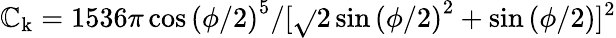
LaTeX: \mathbb{C}_{\mathrm{{k}}}=1536\pi\cos{(\phi/2)}^{5}/[\sqrt{}{{2}}\sin{(\phi/2)}^{2}+\sin{(\phi/2)}]^{2}